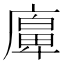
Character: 𢊵